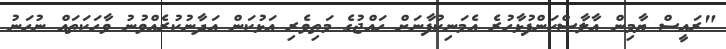
"ރައީސް ޔާމިން އާލާސްކަންފުޅާހުރެ އެމަނިކުފާނަށް ހައްޖުގެ މަތިވެރި އަޅުކަން އަދާނުކުރެއްވުނު ވާހަކަތައް ނުހަނު